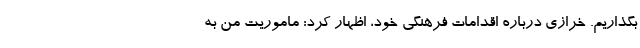
بگذاریم. خرازی درباره اقدامات فرهنگی خود، اظهار کرد: ماموریت من به